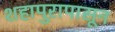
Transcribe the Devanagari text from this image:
शहापुरापासून